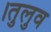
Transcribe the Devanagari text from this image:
।तुलुव